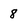
Character: 8